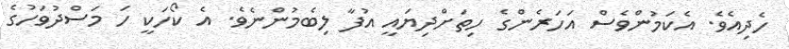
ހެދިއެވެ. އެކަމުންވެސް އަހަރެންގެ ހިތަށްދިޔައީ އުފާ ލިބެމުންނެވެ. އެ ކޯހަކީ ހަ މަސްދުވަހުގެ